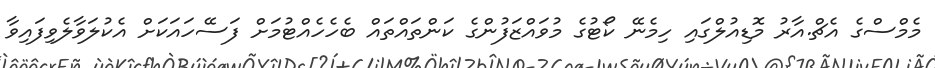
މެމްސްގެ އެޗް.އާރު މޮޑިއުލްގައި ހިމެނޭ ކޯޓުގެ މުވައްޒަފުންގެ ކަންތައްތައް ބެހެހެއްޓުމަށް ފަސޭހައަކަށް އެކުލަވާލެވިފައިވާ